Civil Veterinary Dept. Bombay admin report 1932-41 - 1932-1941
Year: 1932
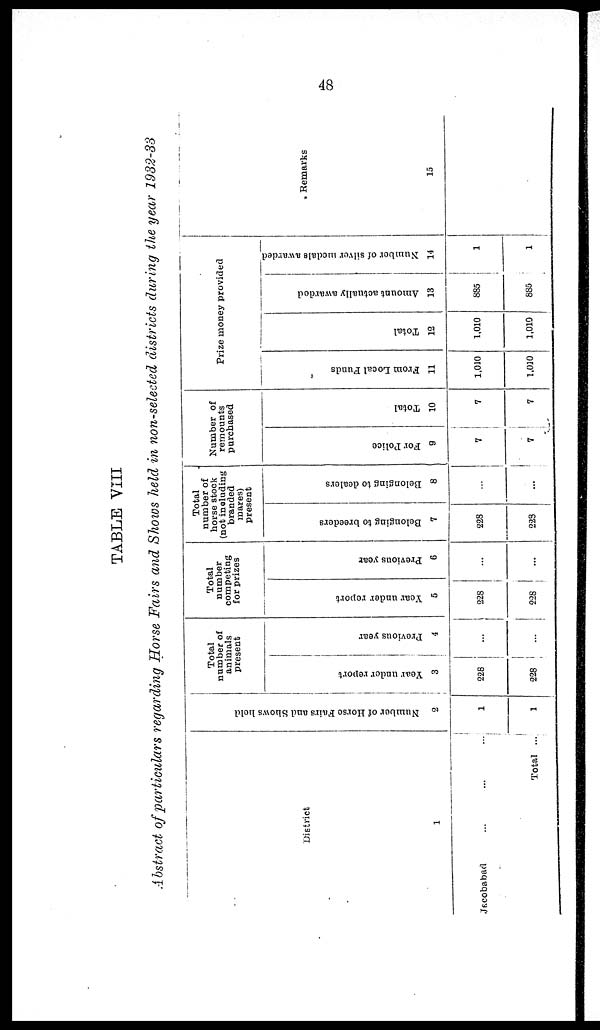
48
TABLE VIII
Abstract of particulars regarding Horse Fairs and Shows held in non-selected districts during the year 1932-33
District
1
Jacobabad ... ... ...
Total ...
Number of Horse Fairs and Shows hold
2
1
1
Total
number of
animals
present
Year under report
3
228
228
Previous year
4
…
…
Total
number
competing
for prizes
Year under report
5
228
228
Previous year
6
…
…
Total
number of
horse stock
(not including
branded
mares)
present
Belonging to breeders
7
228
228
Belonging to dealers
8
…
…
Number of
remounts
purchased
For Police
9
7
7
Total
10
7
7
Prize money provided
From Local Funds
11
1,010
1,010
Total
12
1,010
1,010
Amount actually awarded
13
885
885
Number
of silver medals awarded
14
1
1
Remarks
15